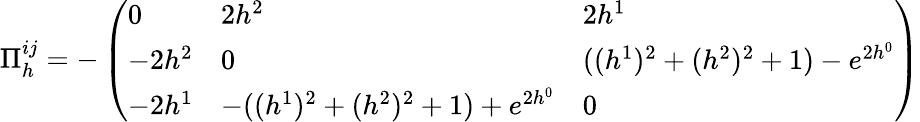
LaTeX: \Pi_{h}^{ij}=-\left(\begin{array}{lll}{{0}}&{{2h^{2}}}&{{2h^{1}}}\\ {{-2h^{2}}}&{{0}}&{{((h^{1})^{2}+(h^{2})^{2}+1)-e^{2h^{0}}}}\\ {{-2h^{1}}}&{{-((h^{1})^{2}+(h^{2})^{2}+1)+e^{2h^{0}}}}&{{0}}\end{array}\right)